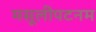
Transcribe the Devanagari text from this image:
मसूलीपटनम